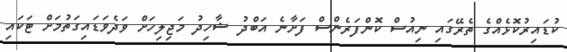
ކުޑައިރުކޮޅެއްގެ ތެރޭގައި ނިއުސް ކޮންފަރެންސް ފަށާނެ އަބްދު ޝާހިދު މަޖިލިހަށް ވަދެވަޑައިގަތުމަށް ޓަކައި